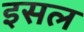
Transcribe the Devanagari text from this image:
इसल